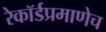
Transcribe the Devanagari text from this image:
रेकॉर्डप्रमाणेच